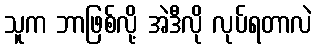
သူက ဘာဖြစ်လို့ အဲဒီလို လုပ်ရတာလဲ